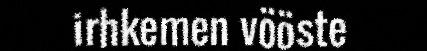
irhkemen vööste